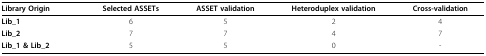
<table><thead><tr><td><b>Library Origin</b></td><td><b>Selected ASSETs</b></td><td><b>ASSET validation</b></td><td><b>Heteroduplex validation</b></td><td><b>Cross-validation</b></td></tr></thead><tbody><tr><td><b>Lib_1</b></td><td>6</td><td>5</td><td>2</td><td>4</td></tr><tr><td><b>Lib_2</b></td><td>7</td><td>7</td><td>4</td><td>7</td></tr><tr><td><b>Lib_1 &amp; Lib_2</b></td><td>5</td><td>5</td><td>0</td><td>-</td></tr></tbody></table>